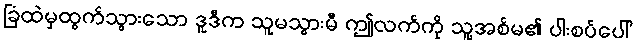
ခြံထဲမှထွက်သွားသော ဒူဒီက သူမသွားမီ ဤလက်ကို သူ့အစ်မ၏ ပါးစပ်ပေါ်